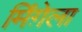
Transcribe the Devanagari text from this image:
मिंग़ेला